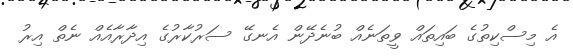
އެ މިސްކިތުގެ ބައިތައް ވީތަނެއް ބުނެދޭން އެނގޭ ސަރުކާރުގެ އިދާރާއެއް ނެތް އިރު